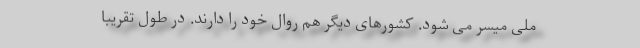
ملی میسر می شود. کشورهای دیگر هم روال خود را دارند. در طول تقریبا